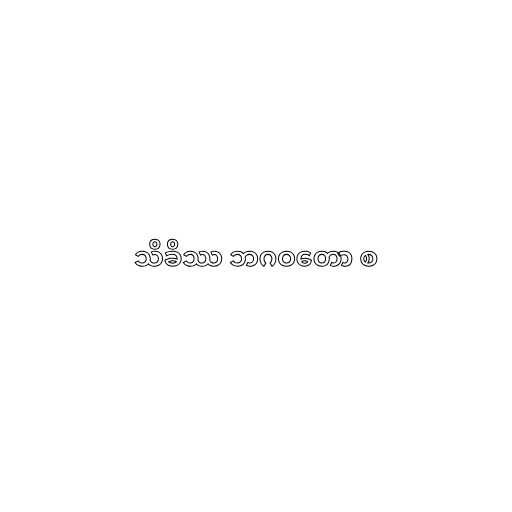
သိခိဿ ဘဂဝတော စ